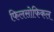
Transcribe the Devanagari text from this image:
फिलसोफिकल